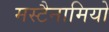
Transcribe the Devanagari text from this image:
मस्टैनामियो